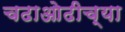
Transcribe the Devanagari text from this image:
चढाओढीच्या